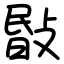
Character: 敯